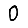
Digit: 0